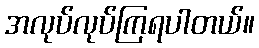
အလုပ်လုပ်ကြရပါတယ်။